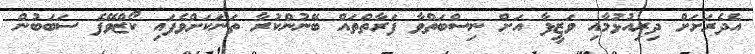
އެދެރަށަށް ދިރިއުޅުމާއި ވަޒީފާ އަށް ނިސްބަތްވާ ފަރާތްތައް ބޭނުންކުރާ ތަނަކަށްވެފައި ކޯޒްވޭފެ ސަބަބުން